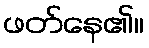
ဖတ်နေ၏။